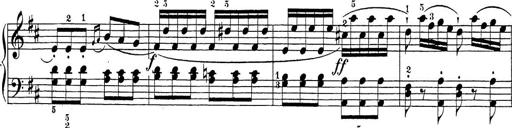
Title: Sonatina Album
Composer: Louis KÃ¶hler